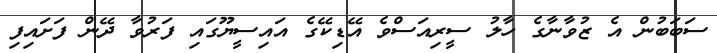
ސަބަބުން އެ ޒުވާނާގެ ހާލު ސީރިއަސްވެ އޭޑިކޭގެ އައިސީޔޫގައި ފަރުވާ ދޭން ފަށައިފި